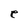
Character: e